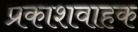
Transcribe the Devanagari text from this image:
प्रकाशवाहक